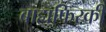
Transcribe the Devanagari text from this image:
बाह्यफिरकी